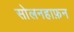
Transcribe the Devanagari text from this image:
सोलनहाफ़न